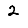
Digit: 2